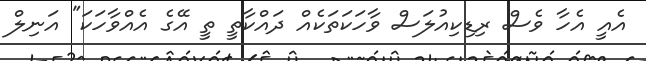
އެއީ އެހާ ވެސް ރިޑިކިއުލަސް ވާހަކަތަކެއް ދައްކާތީ ތީ އޭގެ އެއްވާހަކަ" އަނިލް